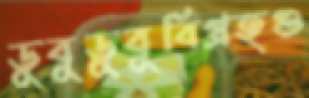
ডুবুডুবুবিগ্রহগু